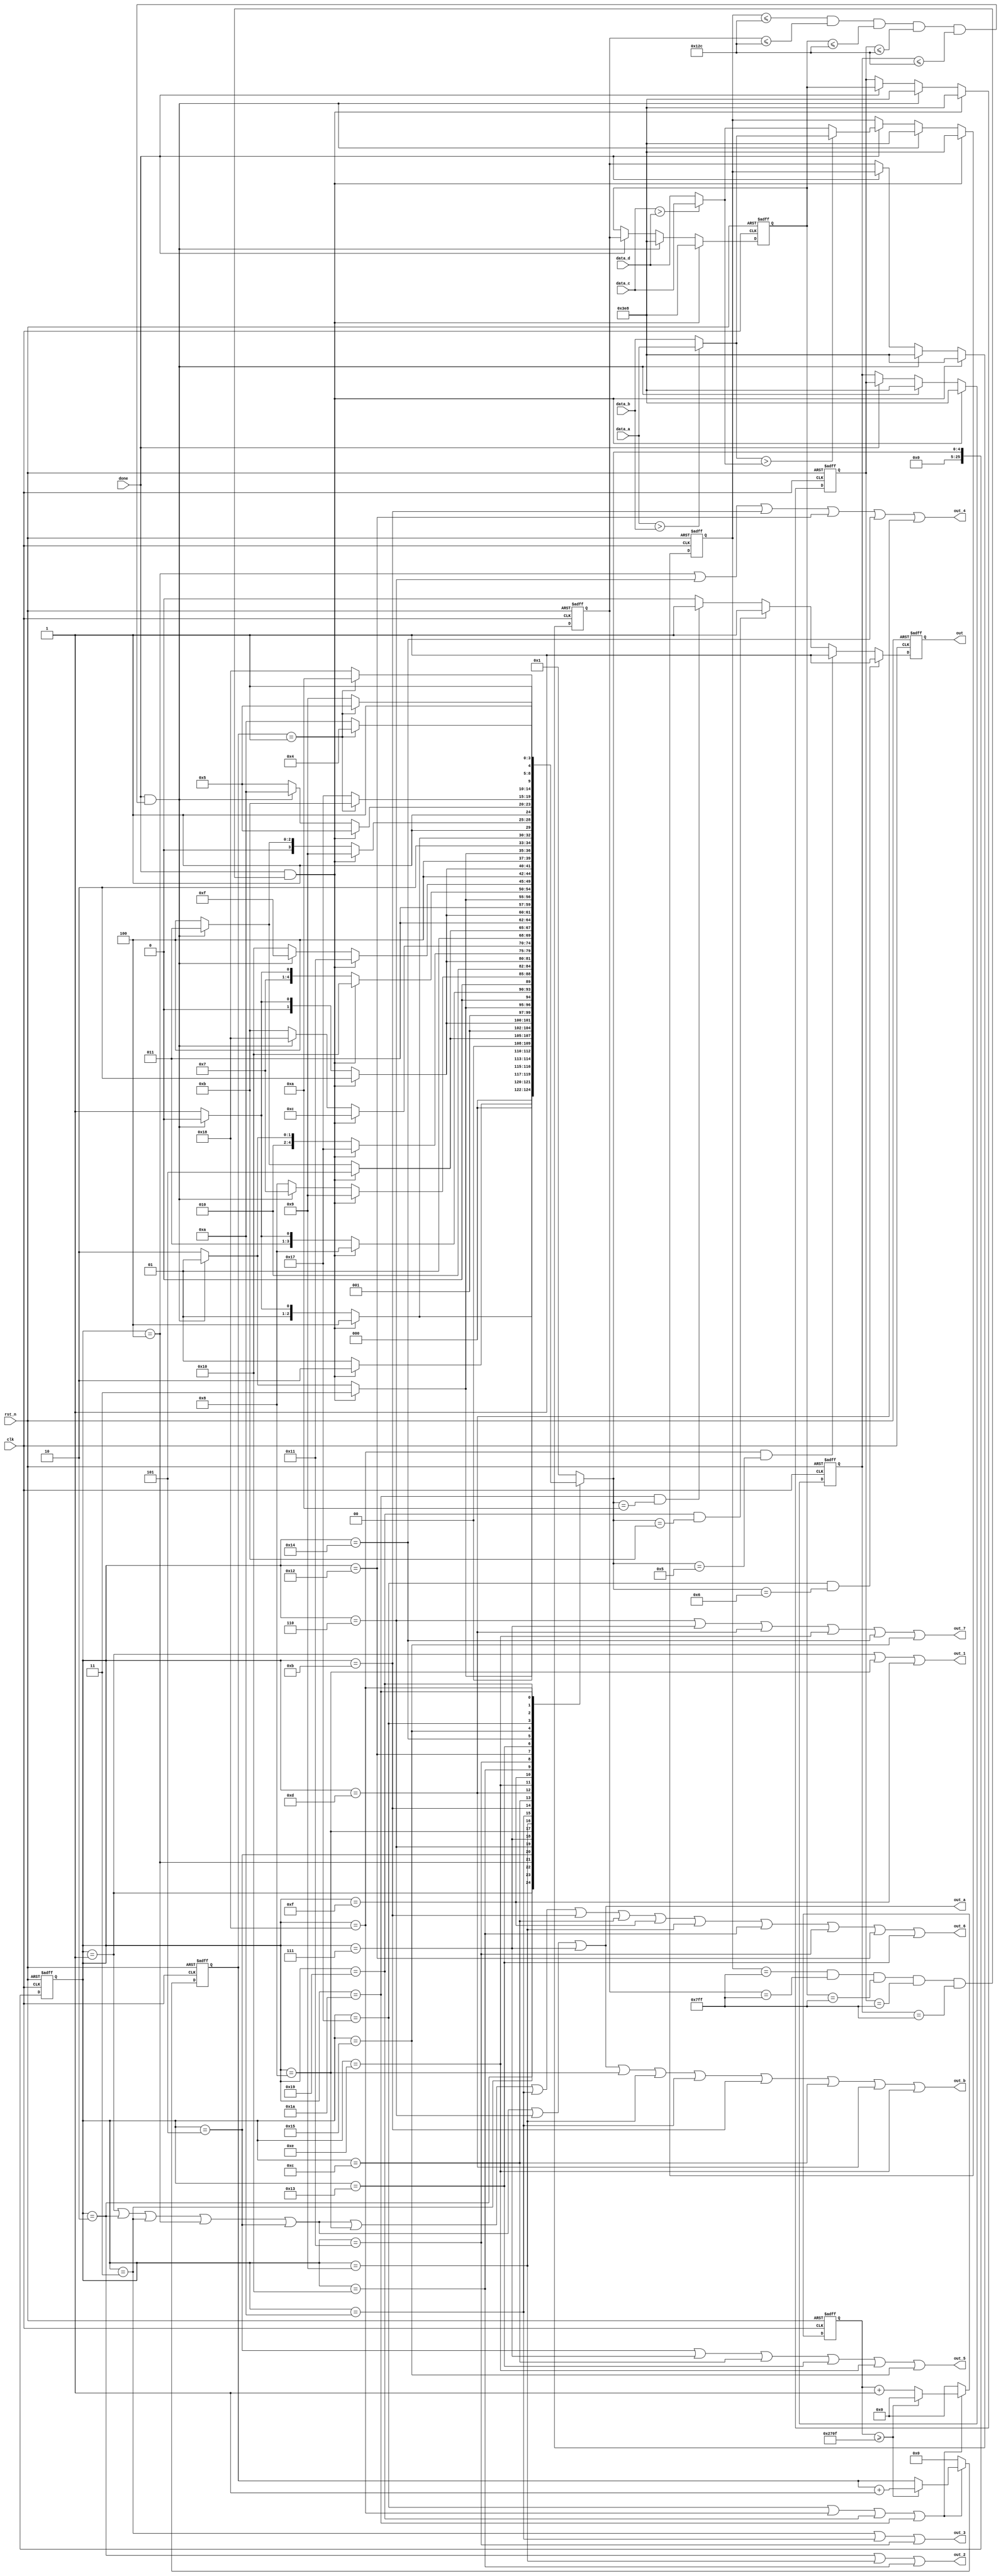
module adjust (clk,rst_n,data_a,data_b,data_c,data_d,done,out_1,out_2,out_3,out_4,out_5,out_6,out_7,out_a,out_b,out);
input 	clk,rst_n,done ;
input 	[11:0] data_a,data_b,data_c,data_d ;
output 	out_1,out_2,out_3,out_4,out_5,out_6,out_7,out_a,out_b ;
output   reg out ;
//output 	[3:0] dang ;

wire	[11:0] x,y,z;
wire  done_1,done_2;
reg 	[11:0] data,data_1,data_2,data_3,data_4,data_5;
//reg   done;


assign x = (data_a > data_b) ?  data_a : data_b ;
assign y = (data_c > data_d) ?  data_c : data_d ;
assign z = (x > y) ? x : y ;

assign done_1 = (data_1==12'h7ff)&&(data_2==12'h7ff)&&(data_3==12'h7ff)&&(data_4==12'h7ff)&&(data_5==12'h7ff);
//assign done_1 = (data_1>=12'h7f0)&&(data_2>=12'h7f0);
assign done_2 = (data_1<=12'd300)&&(data_2<=12'd300)&&(data_3<=12'd300)&&(data_4<=12'd300)&&(data_5<=12'd300);
//assign done_2 = (data_1<=12'd500)&&(data_2<=12'd5

//always @(posedge clk or negedge rst_n)
//begin
//	if(!rst_n)
//		done <= 1'b0;
//	else
//		done <= done_a;
//end

always @(posedge clk or negedge rst_n)
begin
	if(!rst_n) begin
		data_1 <= 12'd0;
		data_2 <= 12'd0;
		data_3 <= 12'd0;
		data_4 <= 12'd0;
		data_5 <= 12'd0;
	end
	else if ((done) && (done_1)) begin
		data_1 <= 12'd1000;
		data_2 <= 12'd1000;
		data_3 <= 12'd1000;
		data_4 <= 12'd1000;
		data_5 <= 12'd1000;
	end
	else if ((done) && (done_2)) begin
		data_1 <= 12'd1000;
		data_2 <= 12'd1000;
		data_3 <= 12'd1000;
		data_4 <= 12'd1000;
		data_5 <= 12'd1000;
	end
	else if (done) begin
		data_1 <= z ;
		data_2 <= data_1;
		data_3 <= data_2;
		data_4 <= data_3;
		data_5 <= data_4;
	end
end

localparam one = 34'd1;
localparam two = 34'd2;
localparam three = 34'd3;
localparam four = 34'd4;
localparam five = 34'd5;
localparam six = 34'd6;
localparam seven = 34'd7;
localparam eight = 34'd8;
localparam nine = 32'd9;
localparam ten = 34'd10;
localparam eleven = 34'd11;
localparam twelve = 34'd12;
localparam thirteen = 34'd13;
localparam fourteen = 34'd14;
localparam fifteen = 34'd15 ;
localparam sixteen = 34'd16 ;
localparam seventeen = 34'd17 ;
localparam eighteen = 34'd18;
localparam nineteen = 34'd19;
localparam twenty = 34'd20;
localparam twenty_one = 34'd21;
/*
localparam twenty_two = 34'd22;
localparam twenty_three = 34'd23;

localparam twenty_four = 34'd24;
localparam twenty_five = 34'd25;
localparam twenty_six = 34'd26;
localparam twenty_seven = 34'd27;
localparam twenty_eigth = 34'd28;
localparam twenty_nine = 34'd29;
*/
localparam thirty = 34'd22;
localparam yanchi = 34'd23 ;
localparam yanchi_1 = 34'd24 ;
localparam yanchi_2 = 34'd25 ;
localparam yanchi_3 = 34'd26 ;


reg [25:0] state,n_state;
always @(posedge clk or negedge rst_n)
begin
	if(!rst_n)
		state <= one;
	else
		state <= n_state ;
end

reg [7:0] aa ;
reg [19:0] bb ;

always@(*)
begin
	case (state) 
		one :begin
			if ((done) && (done_1)) //
				n_state = two ;
			else if ((done) && (done_2)) //
				n_state = one ;
			else
				n_state = one;
		end
		two : begin
			if ((done) && (done_1)) 
				n_state = three ;
			else if ((done) && (done_2))
				n_state = one ;
			else
				n_state = two;
		end
		three: begin
			if ((done) && (done_1))
				n_state = four ;
			else if ((done) && (done_2))
				n_state = two ;
			else
				n_state = three;
		end
		four : begin
			if ((done) && (done_1))
				n_state = five ;
			else if ((done) && (done_2))
				n_state = three ;
			else
				n_state = four;
		end
		five : begin
			if ((done) && (done_1))
//				n_state = yanchi ;
				n_state = six;
			else if ((done) && (done_2))
				n_state = four ;
			else
				n_state = five;
		end
		six : begin
			if ((done) && (done_1))
				n_state = seven ;
			else if ((done) && (done_2))
//				n_state = yanchi_1 ;
				n_state = five;
			else
				n_state = six;
		end
		seven : begin
			if ((done) && (done_1))
				n_state = eight ;
			else if ((done) && (done_2))
				n_state = six ;
			else
				n_state = seven;
		end
		eight : begin
			if ((done) && (done_1))
				n_state = nine ;
			else if ((done) && (done_2))
				n_state = seven ;
			else
				n_state = eight;
		end
		nine :begin
			if ((done) && (done_1)) 
				n_state = ten ;
			else if ((done) && (done_2))
				n_state = eight ;
			else
				n_state = nine;
		end
		ten : begin
			if ((done) && (done_1)) 
				n_state = yanchi ;//yanchi
//				n_state = eleven;
			else if ((done) && (done_2))
				n_state = nine ;
			else
				n_state = ten;
		end
		eleven: begin
			if ((done) && (done_1))
				n_state = twelve ;
			else if ((done) && (done_2))
//				n_state = ten;
				n_state = yanchi_1 ;//yanchi
			else
				n_state = eleven;
		end
		twelve : begin
			if ((done) && (done_1))
				n_state = thirteen ;
			else if ((done) && (done_2))
				n_state = eleven ;
			else
				n_state = twelve;
		end
		thirteen : begin
			if ((done) && (done_1))
				n_state = fourteen ;
			else if ((done) && (done_2))
				n_state = twelve ;
			else
				n_state = thirteen;
		end
		fourteen : begin
			if ((done) && (done_1))
				n_state = fifteen ;
			else if ((done) && (done_2))
				n_state = thirteen ;
			else
				n_state = fourteen;
		end
		fifteen : begin
			if ((done) && (done_1)) //
				n_state = sixteen ;
			else if ((done) && (done_2)) //
				n_state = fourteen ;
			else
				n_state = fifteen;
		end
		sixteen : begin
			if ((done) && (done_1)) //
				n_state = seventeen ;
			else if ((done) && (done_2)) //
				n_state = fifteen ;
			else
				n_state = sixteen;
		end
		seventeen : begin
			if ((done) && (done_1)) //
				n_state = eighteen ;
			else if ((done) && (done_2)) //
				n_state = sixteen ;
			else
				n_state = seventeen ;
		end
		eighteen  : begin
			if ((done) && (done_1)) //
				n_state = nineteen ;
			else if ((done) && (done_2)) //
				n_state = seventeen;
			else
				n_state = eighteen ;
		end
		nineteen : begin
			if ((done) && (done_1)) //
				n_state = twenty ;
			else if ((done) && (done_2)) //
				n_state = eighteen;
			else
				n_state = nineteen;
		end
		twenty : begin
			if ((done) && (done_1)) //
//				n_state = twenty_one ;
				n_state = yanchi_2;  //yanchi_1
			else if ((done) && (done_2)) //
				n_state = nineteen ;
			else
				n_state = twenty;
		end
		twenty_one : begin
			if ((done) && (done_1)) //
				n_state = twenty_one ;
			else if ((done) && (done_2)) //
				n_state = yanchi_3;                 //yanchi_1
//				n_state = twenty;
			else
				n_state = twenty_one;
		end
/*
		twenty_two : begin
			if ((done) && (done_1)) //
				n_state = twenty_three ;
			else if ((done) && (done_2)) //
				n_state = twenty_one ;
			else
				n_state = twenty_two;
		end
		twenty_three : begin
			if ((done) && (done_1)) //
				n_state = twenty_three;
			else if ((done) && (done_2)) //
				n_state = twenty_two ;
			else
				n_state = twenty_three;
		end

		twenty_four : begin
			if ((done) && (done_1)) //
				n_state = twenty_five;
			else if ((done) && (done_2)) //
				n_state = twenty_three;
			else
				n_state = twenty_four;
		end
		twenty_five : begin
			if ((done) && (done_1)) //
				n_state = twenty_six;
			else if ((done) && (done_2)) //
				n_state = twenty_four ;
			else
				n_state = twenty_five;
		end
		twenty_six : begin
			if ((done) && (done_1)) //
				n_state = twenty_seven ;
			else if ((done) && (done_2)) //
				n_state = twenty_five ;
			else
				n_state = twenty_six;
		end
		twenty_seven : begin
			if ((done) && (done_1)) //
				n_state = twenty_eigth ;
			else if ((done) && (done_2)) //
				n_state = twenty_six;
			else
				n_state = twenty_seven;
		end
		twenty_eigth : begin
			if ((done) && (done_1)) //
				n_state = twenty_nine ;
			else if ((done) && (done_2)) //
				n_state = twenty_seven ;
			else
				n_state = twenty_eigth;
		end
		twenty_nine : begin
			if ((done) && (done_1)) //
				n_state = thirty ;
			else if ((done) && (done_2)) //
				n_state = twenty_eigth ;
			else
				n_state = twenty_nine;
		end
		thirty : begin
			if ((done) && (done_1)) //
				n_state = thirty ;
			else if ((done) && (done_2)) //
				n_state = twenty_nine;
			else
				n_state = thirty;
		end
*/
		yanchi : n_state = (aa == 8'd1) ? eleven : yanchi ;
		yanchi_1 : n_state = (aa == 8'd1) ? ten : yanchi_1 ;
		yanchi_2 : n_state = (aa == 8'd1) ? twenty_one : yanchi_2 ;
		yanchi_3 : n_state = (aa == 8'd1) ? twenty : yanchi_3 ;	
		
		default : n_state = one ;
	endcase
end	

always @(posedge clk or negedge rst_n)
begin
	if (!rst_n) begin
		aa <= 8'd0 ;
		bb <= 23'd0 ;
	end
	else if (state == yanchi || state == yanchi_1 || state == yanchi_2 || state == yanchi_3) begin
		if (bb>=23'd9_999) begin
			bb <= 23'd0 ;
			aa <= aa + 8'd1 ;
		end
		else begin
			bb <= bb + 23'd1 ;
		end	
	end
	else begin
		aa <= 8'd0 ;
		bb <= 23'd0 ;
	end
end

always@(posedge clk or negedge rst_n)
begin
	if (!rst_n)
		out <= 1'b1 ;
	else if (state == yanchi && n_state == six)
		out <= 1'b1 ;
	else if (state == yanchi_1 && n_state == five)
		out <= 1'b1 ;
	else if (state == yanchi_2 && n_state == eleven)
		out <= 1'b1 ;
	else if (state == yanchi_3 && n_state == ten)
		out <= 1'b1 ;
	else
		out <= 1'b0 ;
end



//assign out = 1'b1 ;
/*
assign out_1 = (state == one || state == six || state == eleven 
|| state == sixteen || state == twenty_one || state == twenty_six) ;
assign out_2 = (state == two || state == seven || state == twelve 
|| state == seventeen || state == twenty_two || state == twenty_seven);
assign out_3 = (state == three || state == eight || state == thirteen 
|| state == eighteen || state == twenty_three || state == twenty_eigth) ;
assign out_4 = (state == four || state == nine || state == fourteen 
|| state == nineteen || state == twenty_four || state == twenty_nine);
assign out_5 = (state == five || state == ten || state == fifteen 
|| state == twenty || state == twenty_five || state == thirty);
assign out_6 = (state == one || state == two || state == three || state == four || state == five 
|| state == eleven || state == twelve || state == thirteen || state == fourteen || state == fifteen 
|| state == twenty_one || state == twenty_two || state == twenty_three || state == twenty_four || state == twenty_five) ;
assign out_7 = (state == six || state == seven || state == eight || state == nine ||state == ten 
|| state == sixteen || state == seventeen || state == eighteen || state == nineteen || state == twenty 
|| state == twenty_six || state == twenty_seven || state == twenty_eigth || state == twenty_nine || state == thirty);
assign out_a = (state == one || state==two || state==three || state==four || state==five  
|| state == six || state == seven || state == eight || state == nine || state == ten ) ;
assign out_b = (state == one || state==two || state==three || state==four || state==five 
|| state == six || state == seven || state == eight || state == nine || state == ten 
|| state == eleven || state == twelve || state == thirteen || state == fourteen || state == fifteen 
|| state == sixteen || state == seventeen || state == eighteen || state == nineteen || state == twenty) ;
*/
assign out_1 = (state == one   || state == eight || state == fifteen) ;

assign out_2 = (state == two  || state == nine || state == sixteen );

assign out_3 = (state == three   || state == ten || state == seventeen) ;

assign out_4 = (state == four  || state == six || state == eleven || state == eighteen
|| state == twenty || state == thirteen);

assign out_5 = (state == five   || state == seven || state == twelve || state == nineteen
|| state == fourteen || state == twenty_one );

assign out_6 = (state == one || state == two || state == three || state == four || state == five || state == eight|| state == ten
|| state == eleven || state == twelve  || state == fifteen || state == nine || state == sixteen  || state == seventeen 
|| state == eighteen || state == nineteen) ;

assign out_7 = (state == six || state == seven  || state == thirteen  || state == fourteen
 || state == twenty || state == twenty_one);

assign out_a = (state == one || state==two || state==three || state==four || state==five  
|| state == six || state == seven ) ;

assign out_b = (state == one || state==two || state==three || state==four || state==five 
|| state == six || state == seven || state == eight || state == nine || state == ten 
|| state == eleven || state == twelve || state == thirteen || state == fourteen 
) ;
endmodule